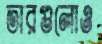
তারগুলোও